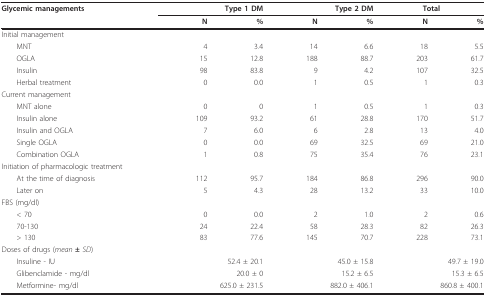
<table><thead><tr><td><b>Glycemic managements</b></td><td colspan="2"><b>Type 1 DM</b></td><td colspan="2"><b>Type 2 DM</b></td><td colspan="2"><b>Total</b></td></tr><tr><td></td><td><b>N</b></td><td><b>%</b></td><td><b>N</b></td><td><b>%</b></td><td><b>N</b></td><td><b>%</b></td></tr></thead><tbody><tr><td>Initial management</td><td></td><td></td><td></td><td></td><td></td><td></td></tr><tr><td> MNT</td><td>4</td><td>3.4</td><td>14</td><td>6.6</td><td>18</td><td>5.5</td></tr><tr><td> OGLA</td><td>15</td><td>12.8</td><td>188</td><td>88.7</td><td>203</td><td>61.7</td></tr><tr><td> Insulin</td><td>98</td><td>83.8</td><td>9</td><td>4.2</td><td>107</td><td>32.5</td></tr><tr><td> Herbal treatment</td><td>0</td><td>0.0</td><td>1</td><td>0.5</td><td>1</td><td>0.3</td></tr><tr><td>Current management</td><td></td><td></td><td></td><td></td><td></td><td></td></tr><tr><td> MNT alone</td><td>0</td><td>0</td><td>1</td><td>0.5</td><td>1</td><td>0.3</td></tr><tr><td> Insulin alone</td><td>109</td><td>93.2</td><td>61</td><td>28.8</td><td>170</td><td>51.7</td></tr><tr><td> Insulin and OGLA</td><td>7</td><td>6.0</td><td>6</td><td>2.8</td><td>13</td><td>4.0</td></tr><tr><td> Single OGLA</td><td>0</td><td>0.0</td><td>69</td><td>32.5</td><td>69</td><td>21.0</td></tr><tr><td> Combination OGLA</td><td>1</td><td>0.8</td><td>75</td><td>35.4</td><td>76</td><td>23.1</td></tr><tr><td>Initiation of pharmacologic treatment</td><td></td><td></td><td></td><td></td><td></td><td></td></tr><tr><td> At the time of diagnosis</td><td>112</td><td>95.7</td><td>184</td><td>86.8</td><td>296</td><td>90.0</td></tr><tr><td> Later on</td><td>5</td><td>4.3</td><td>28</td><td>13.2</td><td>33</td><td>10.0</td></tr><tr><td>FBS (mg/dl)</td><td></td><td></td><td></td><td></td><td></td><td></td></tr><tr><td> &lt; 70</td><td>0</td><td>0.0</td><td>2</td><td>1.0</td><td>2</td><td>0.6</td></tr><tr><td> 70-130</td><td>24</td><td>22.4</td><td>58</td><td>28.3</td><td>82</td><td>26.3</td></tr><tr><td> &gt; 130</td><td>83</td><td>77.6</td><td>145</td><td>70.7</td><td>228</td><td>73.1</td></tr><tr><td>Doses of drugs (<i>mean </i><b><i>± </i></b><i>SD</i>)</td><td></td><td></td><td></td><td></td><td></td><td></td></tr><tr><td> Insuline - IU</td><td colspan="2">52.4 ± 20.1</td><td colspan="2">45.0 ± 15.8</td><td colspan="2">49.7 ± 19.0</td></tr><tr><td> Glibenclamide - mg/dl</td><td colspan="2">20.0 ± 0</td><td colspan="2">15.2 ± 6.5</td><td colspan="2">15.3 ± 6.5</td></tr><tr><td> Metformine- mg/dl</td><td colspan="2">625.0 ± 231.5</td><td colspan="2">882.0 ± 406.1</td><td colspan="2">860.8 ± 400.1</td></tr></tbody></table>